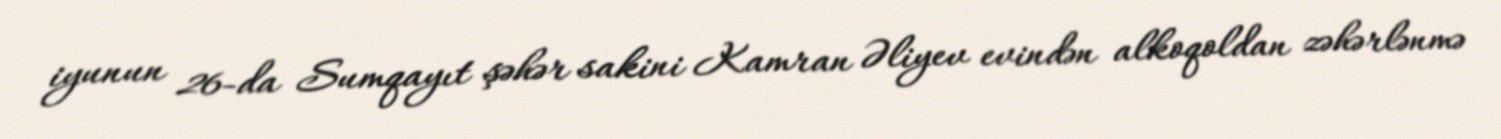
iyunun 26-da Sumqayıt şəhər sakini Kamran Əliyev evindən alkoqoldan zəhərlənmə